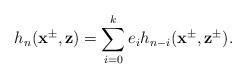
\begin{align*}h_n(\mathbf{x}^{\pm},\mathbf{z})=\sum^k_{i=0}e_ih_{n-i}(\mathbf{x}^{\pm},\mathbf{z}^{\pm}).\end{align*}